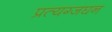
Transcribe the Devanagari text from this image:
प्रत्यग्जघन